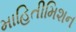
માહિતીમિશન